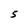
Character: 5